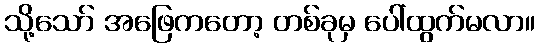
သို့သော် အဖြေကတော့ တစ်ခုမှ ပေါ်ထွက်မလာ။